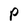
Character: P